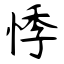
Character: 悸